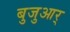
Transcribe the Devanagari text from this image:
बुजुआर्